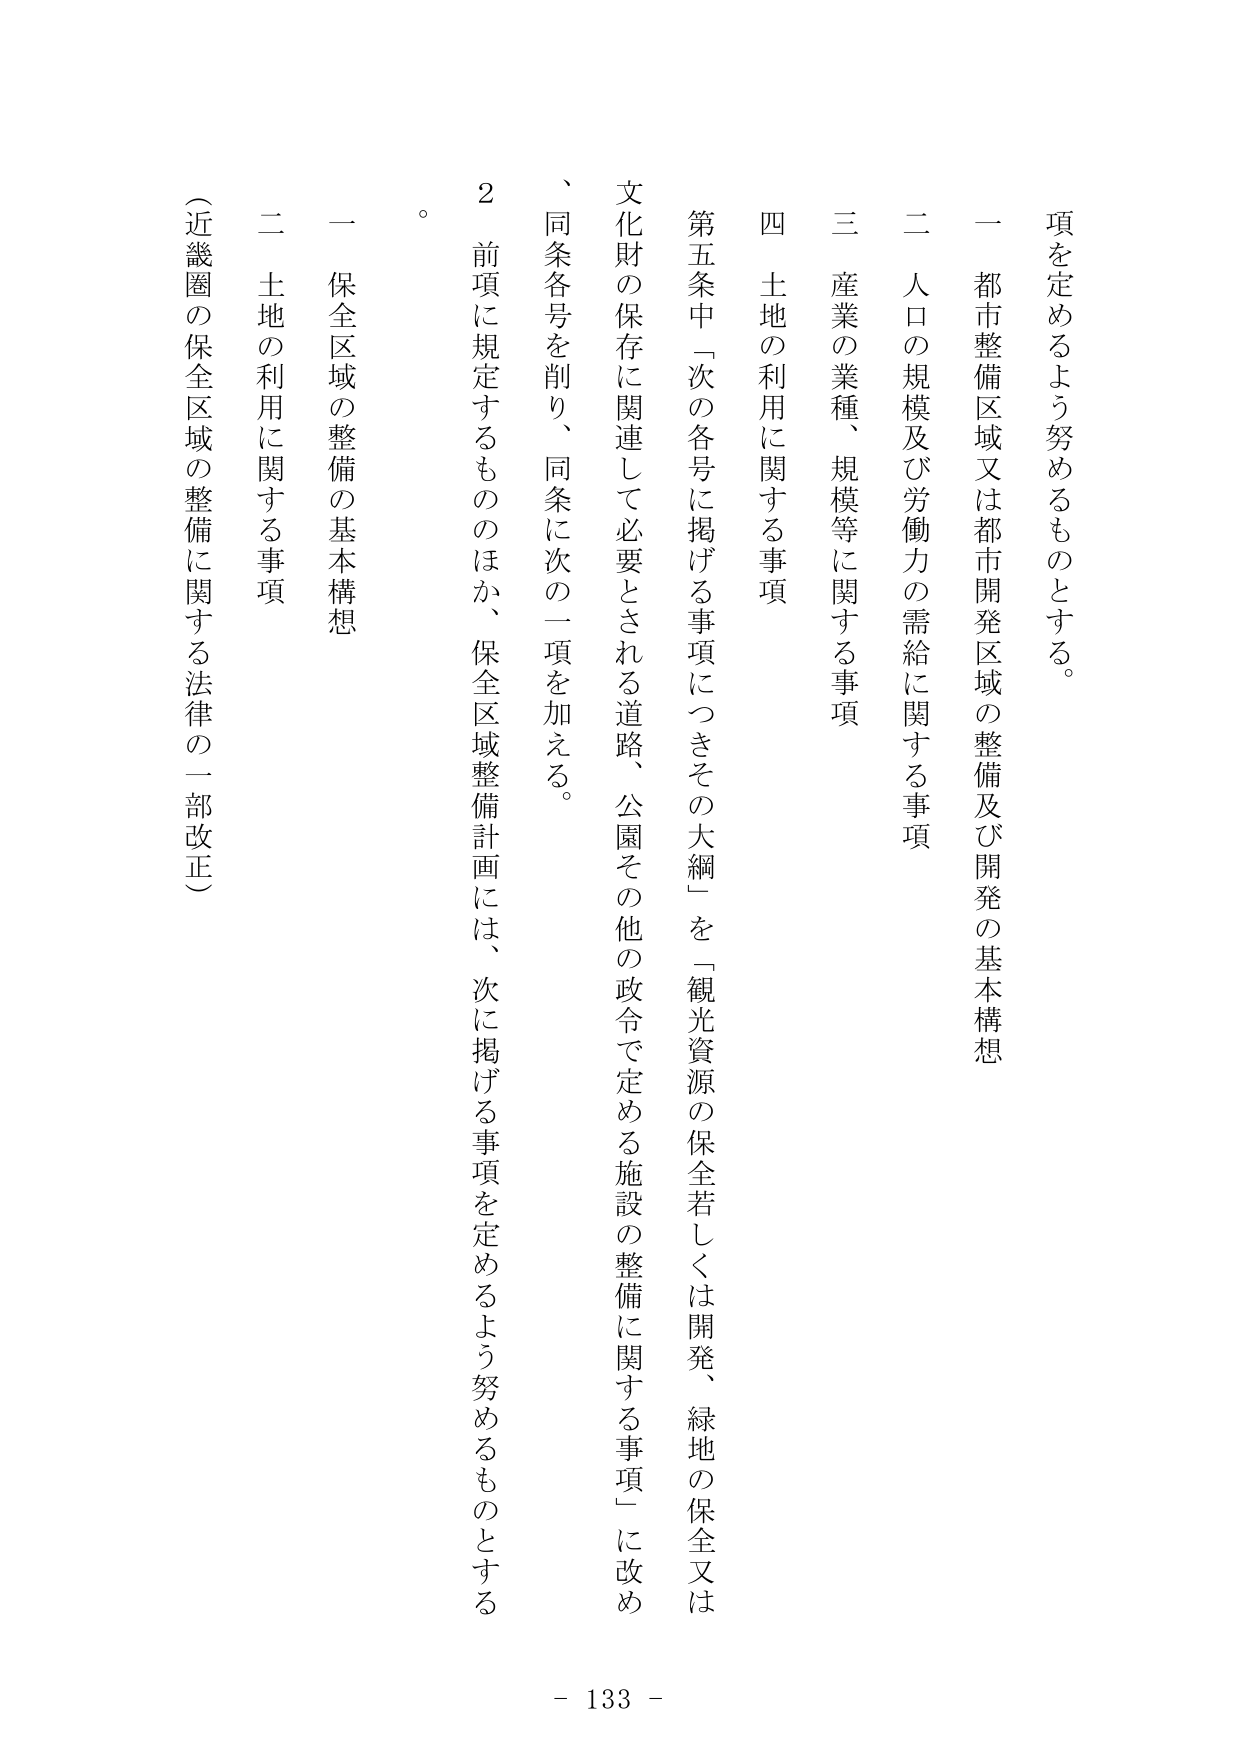
項を定めるよう努めるものとする。

一 都市整備区域又は都市開発区域の整備及び開発の基本構想

二 人口の規模及び労働力の需給に関する事項

三 産業の業種、規模等に関する事項

四 土地の利用に関する事項

第五条中「次の各号に掲げる事項につきその大綱」を「観光資源の保全若しくは開発、緑地の保全又は文化財の保存に関連して必要とされる道路、公園その他の政令で定める施設の整備に関する事項」に改め、同条各号を削り、同条に次の一項を加える。

２ 前項に規定するもののほか、保全区域整備計画には、次に掲げる事項を定めるよう努めるものとする。

一 保全区域の整備の基本構想

二 土地の利用に関する事項

（近畿圏の保全区域の整備に関する法律の一部改正）

- 133 -